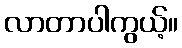
လာတာပါကွယ့်။